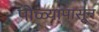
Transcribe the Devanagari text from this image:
पोळ्यापासून